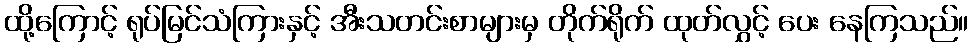
ထို့ကြောင့် ရုပ်မြင်သံကြားနှင့် အီးသတင်းစာများမှ တိုက်ရိုက် ထုတ်လွှင့် ပေး နေကြသည်။